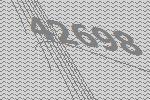
42698